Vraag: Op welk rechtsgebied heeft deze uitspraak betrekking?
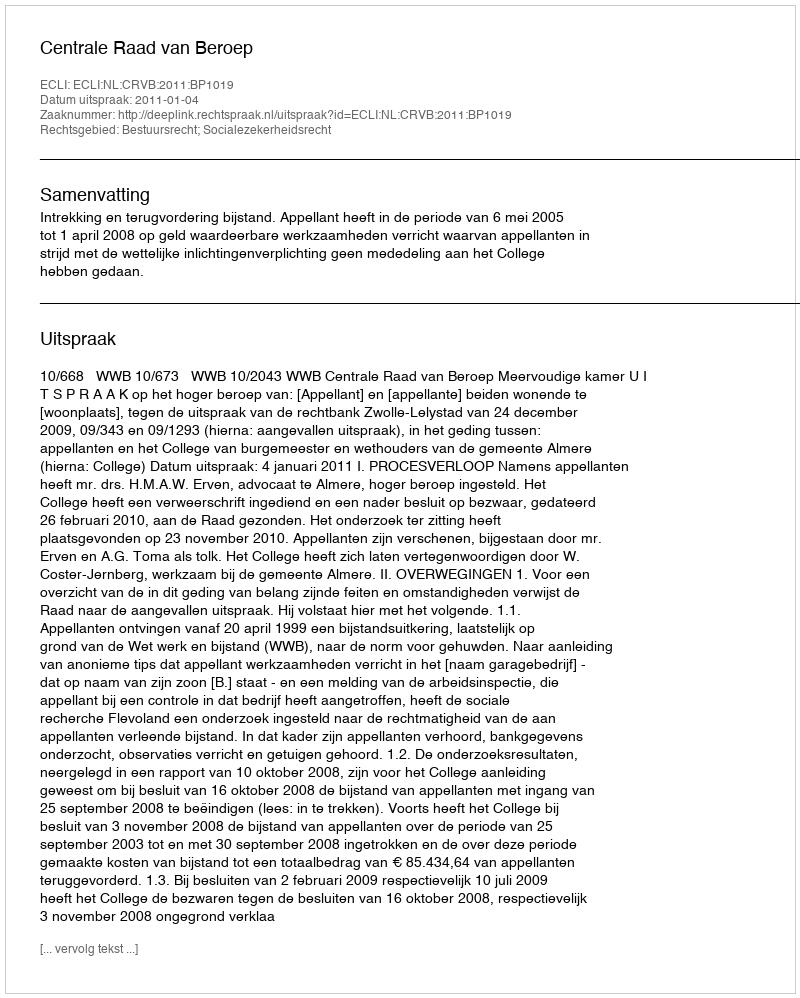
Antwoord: Bestuursrecht; Socialezekerheidsrecht